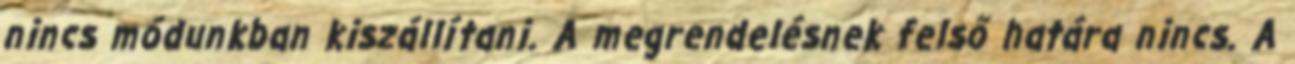
nincs módunkban kiszállítani. A megrendelésnek felső határa nincs. A